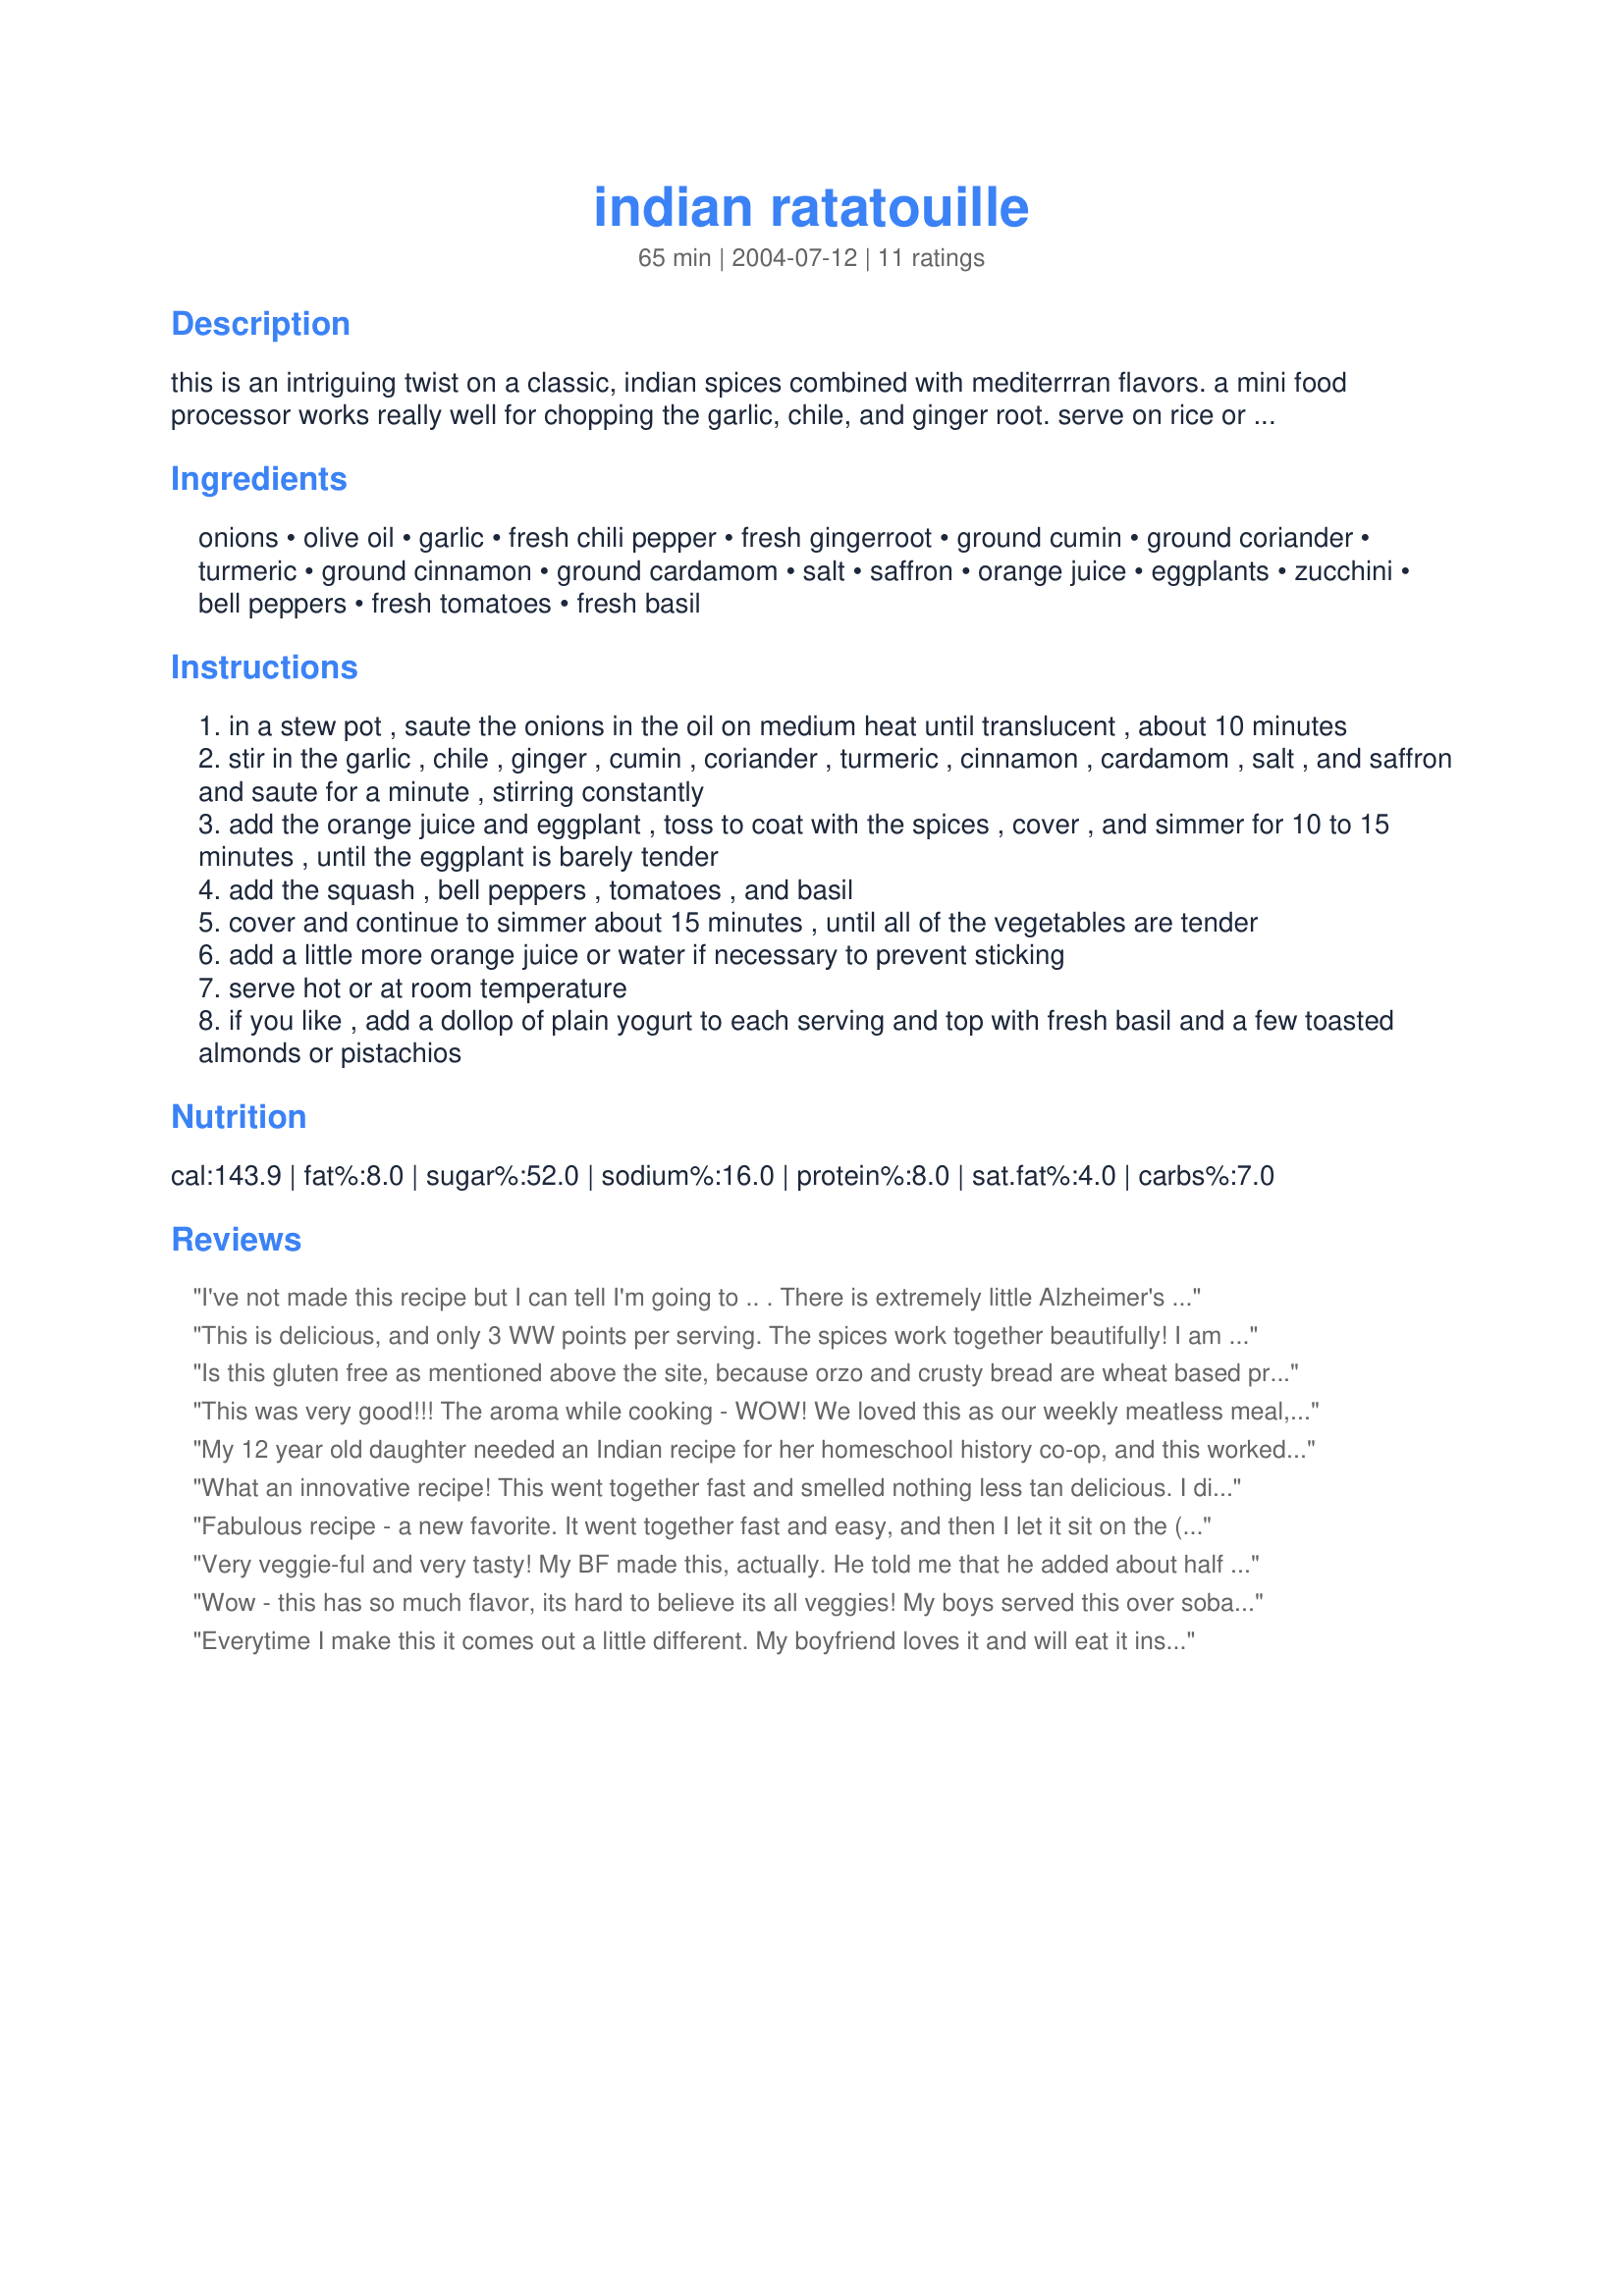
indian ratatouille
Preparation time: 65 minutes

this is an intriguing twist on a classic, indian spices combined with mediterrran flavors. a mini food processor works really well for chopping the garlic, chile, and ginger root. serve on rice or orzo or accompanied by a crusty loaf of bread. adapted from moosewood restaraunt new classics cookbook. enjoy!

Ingredients:
onions, olive oil, garlic, fresh chili pepper, fresh gingerroot, ground cumin, ground coriander, turmeric, ground cinnamon, ground cardamom, salt, saffron, orange juice, eggplants, zucchini, bell peppers, fresh tomatoes, fresh basil

Steps:
in a stew pot , saute the onions in the oil on medium heat until translucent , about 10 minutes
stir in the garlic , chile , ginger , cumin , coriander , turmeric , cinnamon , cardamom , salt , and saffron and saute for a minute , stirring constantly
add the orange juice and eggplant , toss to coat with the spices , cover , and simmer for 10 to 15 minutes , until the eggplant is barely tender
add the squash , bell peppers , tomatoes , and basil
cover and continue to simmer about 15 minutes , until all of the vegetables are tender
add a little more orange juice or water if necessary to prevent sticking
serve hot or at room temperature
if you like , add a dollop of plain yogurt to each serving and top with fresh basil and a few toasted almonds or pistachios

Reviews:
I've not made this recipe but I can tell I'm going to .. .
There is extremely little Alzheimer's in India and research is showing turmeric (curcumin)to be the "cause". Research is also showing the plaques in alzheimer's to "possibly begin to disintegrate" when mice are given turmeric . .something to keep in mind. Also, if you are serving this over brown rice, try adding some hulled (or pearled if you prefer)barley to the rice - cook 5-10 minutes first then add the brown rice to the water. Barley has the lowest glycemic index scale of all the grains - about a 23, brown rice is about a 50 or so. If you add chicken stock and/or spices to the rice you can ramp up the flavor of the dish even more. Sometime, try adding red pepper flakes to your rice directly (if you're a "spicey" person)as it cooks. Good health as well as good eats!
This is delicious, and only 3 WW points per serving. The spices work together beautifully! I am bringing this today to my friend who is a new mother (I left out the chili pepper). Thanks Sharon!
Is this gluten free as mentioned above the site, because orzo and crusty bread are wheat based products. I am concerned for those with allergies who trust this site.
This was very good!!! The aroma while cooking - WOW! We loved this as our weekly meatless meal, served over white rice. Will definitely make this again! Thanks for posting another great recipe, Sharon!
My 12 year old daughter needed an Indian recipe for her homeschool history co-op, and this worked out great! It was very easy to make, and was delicious.
What an innovative recipe! This went together fast and smelled nothing less tan delicious. I didn't have a chili, so i ommited it - however it was not at all missed. The only thing I will do different next time is used canned tomatoes instead of fresh for more "sauce". 

Thanks!
Fabulous recipe - a new favorite. It went together fast and easy, and then I let it sit on the (turned off) warm burner while we went out for a walk. When we got back the house smelled delicious, and we weren&#039;t disappointed when we dug in. I omitted the salt &amp; oil, used a little extra ginger, and added 1 c. cooked chickpeas. DH had his over baked sweet potato, and I had mine over cooked kale. We were both happy and are eagerly awaiting leftover night. Thanks for the great recipe!
Very veggie-ful and very tasty! My BF made this, actually. He told me that he added about half a carrot, diced and we substituted the orange juice with tangarine juice. He also told me that he used 5 cups squash and 4 cups eggplant instead of the 5 cups eggplant/4 cups zucc called for in the recipe. He said he did cook the eggplant longer than recommended, but we won't eat eggplant unless its very well-done. We had to omit the fresh basil as I forgot it at the store, but did add a nice amount of organic dried basil to try and compensate. Otherwise, followed the recipe, including the saffron. We used red bell pepper and canned tomatoes and used 2 small thai peppers for the peppers. Nice and spicy...spicy as in spiced! This has terrific Indianic flavors! We served over brown rice with a dollop of yogurt as suggested. SO yummy. We used 1 yellow zucchini, 1 pattypan squash and 1 scallopini squash (like pattypan, but green like a normal zucchini). So full of veggies, so tasty and filling. I don't think even a serious meat lover would miss the meat too much if s/he were served this for supper! The eggplant makes for a good meat replacement anyhow. A very healthful and filling meal. I am looking forward to the leftovers! Thank you for another winner, Sharon!
Wow - this has so much flavor, its hard to believe its all veggies! My boys served this over soba noodles and I enjoyed it with a simple dollop of plain yogurt; DH and I loved it! Best of all, I was able to use so many fresh veggies from my garden. I didn't have a ripe bell pepper, so I used two banana peppers that were ready. In place of a chili pepper I used a jalapeno. It was spicy and sweet at the same time! I didn't have any ground coriander, so I omitted it. Made for Vegetarian Swap.
Everytime I make this it comes out a little different. My boyfriend loves it and will eat it instead of meat! I make it every month or so to keep him eating healthy :-)
I wanted to love this - very excited when I found this recipe and saw all the good reviews. Made the recipe as directed and found it bland and disappointing.
